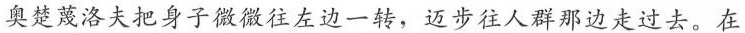
奥楚蔑洛夫把身子微微往左边一转，迈步往人群那边走过去。在